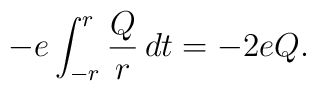
- e \int_{-r}^r \frac{Q}{r} \, dt = - 2 e Q.